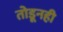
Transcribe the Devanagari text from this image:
तोडूनही